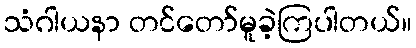
သံဂါယနာ တင်တော်မူခဲ့ကြပါတယ်။